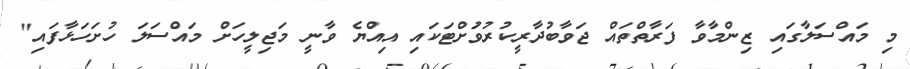
މި މައްސަލާގައި ޒިންމާވާ ފަރާތްތައް ޖަވާބުދާރީކުރުވުަށްޓަކައި އިއްޔެ ވާނީ މަޖިލީހަށް މައްސަލަ ހުށަހަޅާފައި"